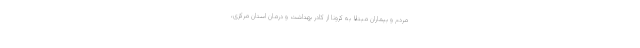
مردم و بیماران مبتلا به کرونا از کادر بهداشت و درمان استان مرکزی،